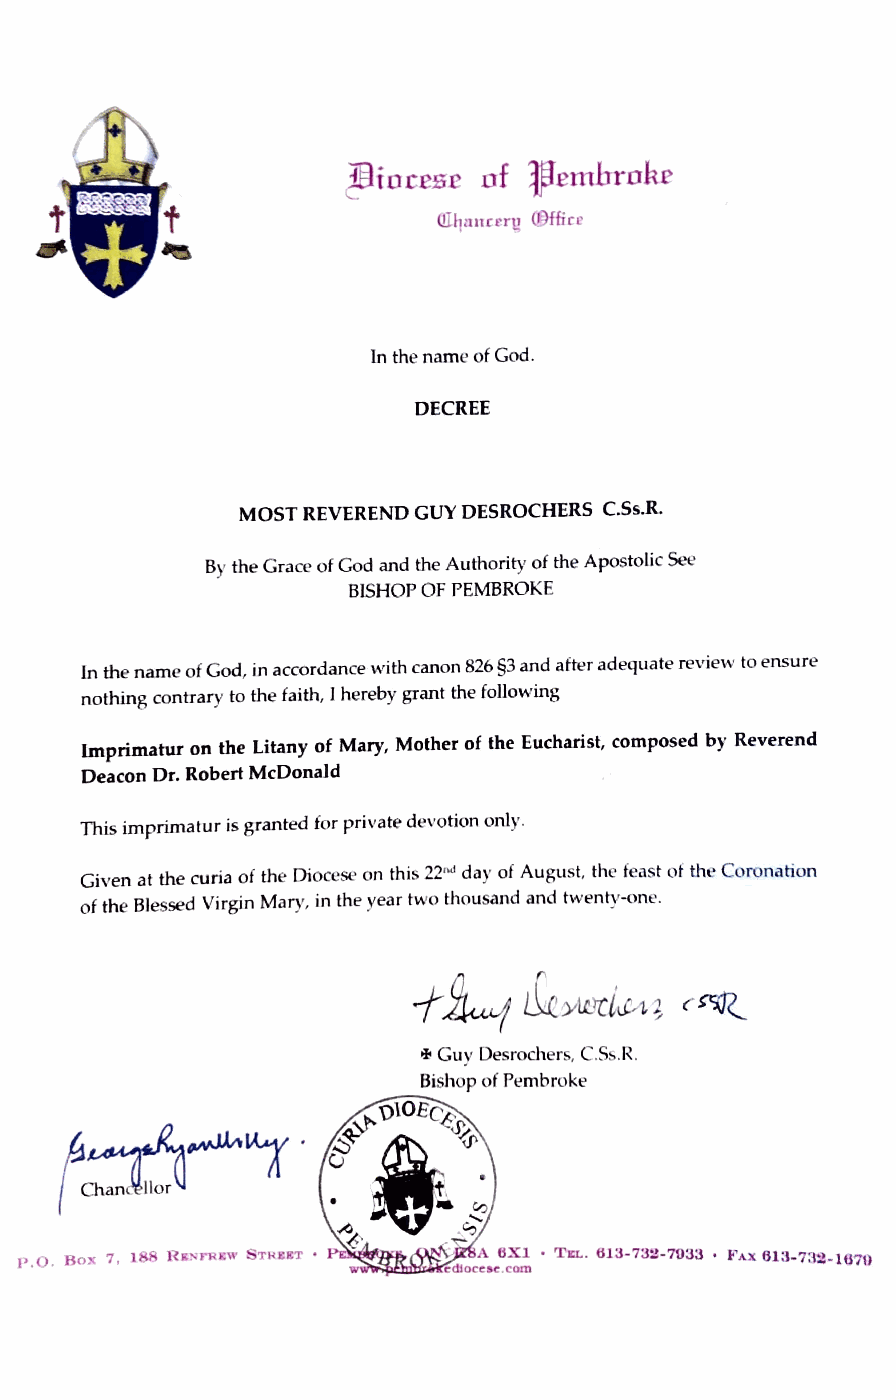
of Jemhroke
 ~ foi:£££
 Qllp11ceru (9fficc
 ln the name of God.
 DECREE
 MOST REVEREND GUY DESROCHERS C.Ss.R.
 By the Grace of God and the Authority of the Apostolic See
 BISHOP OF PEMBROKE
 In the name of God, i_n accordance with canon 826 §3 and after adequate review to ensure
 nothing contrary to the faith, I hereby grant the following
 Imprimatur on the Litany of Mary, Mother of the Eucharist, composed by Reverend
 Deacon Dr. Robert McDonald
 This imprimatur is granted for private devotion only.
 Given at the curia of the Diocese on this 22".i day of August, the fe.::1st ot the Coronahon
 of the Blessed Virgin Mary, in the year two thousand and twenty-one.
 + Guy Desrochers, C.Ss.R.
 &~---.-'-%B-isho,p .of P embroke
 'C)lOEc~
 it,
 •      .. V)
 c;--
 .<,
 ~'
 P.O. Box 7, 188 Rs:orR&w STt>UT •  • Tu.. 613-73:l-7033 • ~'AX 613-7:32-lQ?I)